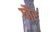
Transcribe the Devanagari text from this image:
घौर